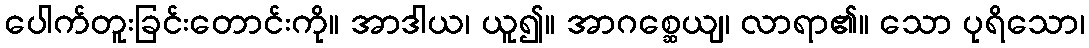
ပေါက်တူးခြင်းတောင်းကို။ အာဒါယ၊ ယူ၍။ အာဂစ္ဆေယျ၊ လာရာ၏။ သော ပုရိသော၊